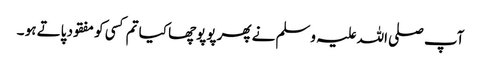
آپ صلی اللہ علیہ وسلم نے پھر پوپوچھا کیا تم کسی کو مفقود پاتے ہو ۔